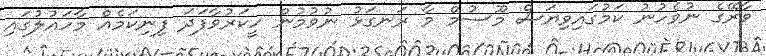
ވާރޭގެ ނުވެހުނު ކަމުގައިވިޔަސް މޫސުމް މާ ރަނގަޅު ނުވުމުން ހީކަރުވާފަދަ ފިނިކަމެއް މާހައުލުގައި